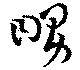
舅